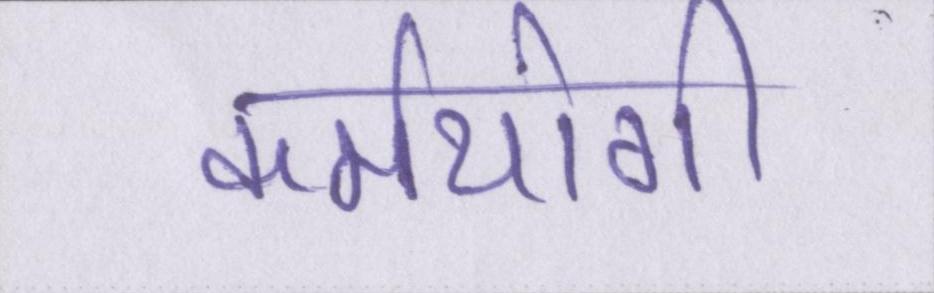
कर्मयोगी